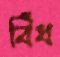
বিঁধ